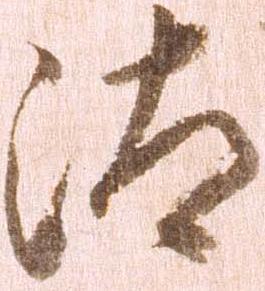
汰